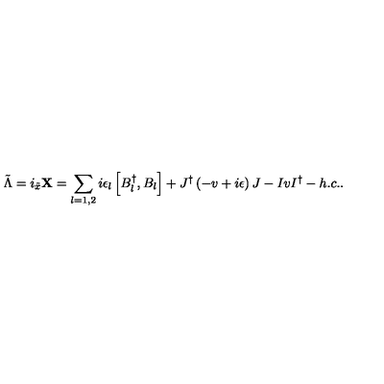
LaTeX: { \tilde { \Lambda } } = i _ { \tilde { x } } { \bf X } = \sum _ { l = 1 , 2 } i \epsilon _ { l } \left[ B _ { l } ^ { \dagger } , B _ { l } \right] + J ^ { \dagger } \left( - v + i \epsilon \right) J - I v I ^ { \dagger } - h . c . .